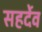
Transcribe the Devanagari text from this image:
सहर्देव